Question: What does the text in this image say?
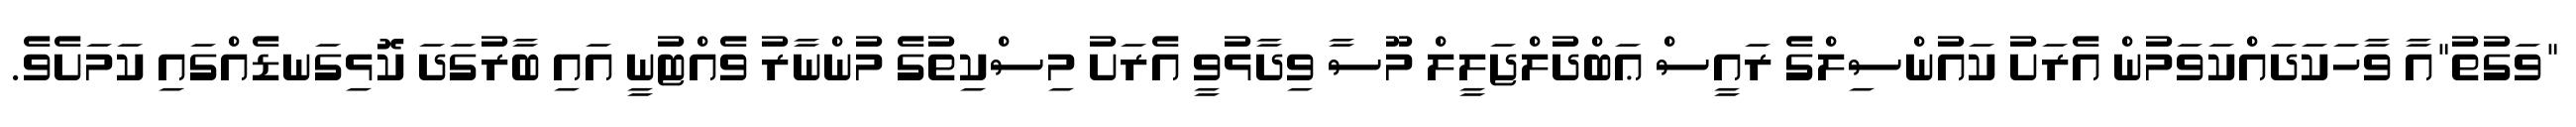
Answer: "ވަގުތު"އާ ވާހަކަދައްކަވަމުން އެރަށު ކައުންސިލްގެ ރައީސް ޢަބްދުލްޖަލީލް މޫސާ ވިދާޅުވީ އެރަށު މިސްކިތުގެ މުންނާރު ވެއްޓުނީ އައި ބާރުގަދަ ކޮޅިގަނޑެއްގައި ކަމަށެވެ.